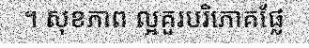
។ សុខភាព ល្អគួរបរិភោគផ្លែ